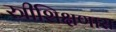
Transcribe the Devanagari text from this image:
स्त्रीशिक्षणास